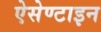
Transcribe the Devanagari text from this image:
ऐसेण्टाइन